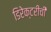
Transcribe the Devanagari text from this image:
डिरेक्टरीची